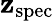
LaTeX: \mathbf{z}_{\mathrm{{{spec}}}}